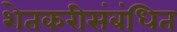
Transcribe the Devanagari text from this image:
शेतकरीसंबंधित